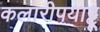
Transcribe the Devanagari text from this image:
कलारीपयाट्टू